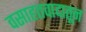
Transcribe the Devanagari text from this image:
वसाहतवादातून